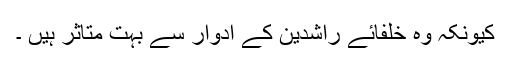
کیونکہ وہ خلفائے راشدین کے ادوار سے بہت متاثر ہیں ۔